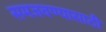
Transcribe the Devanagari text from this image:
समजवण्यासाठी